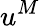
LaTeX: u^{M}